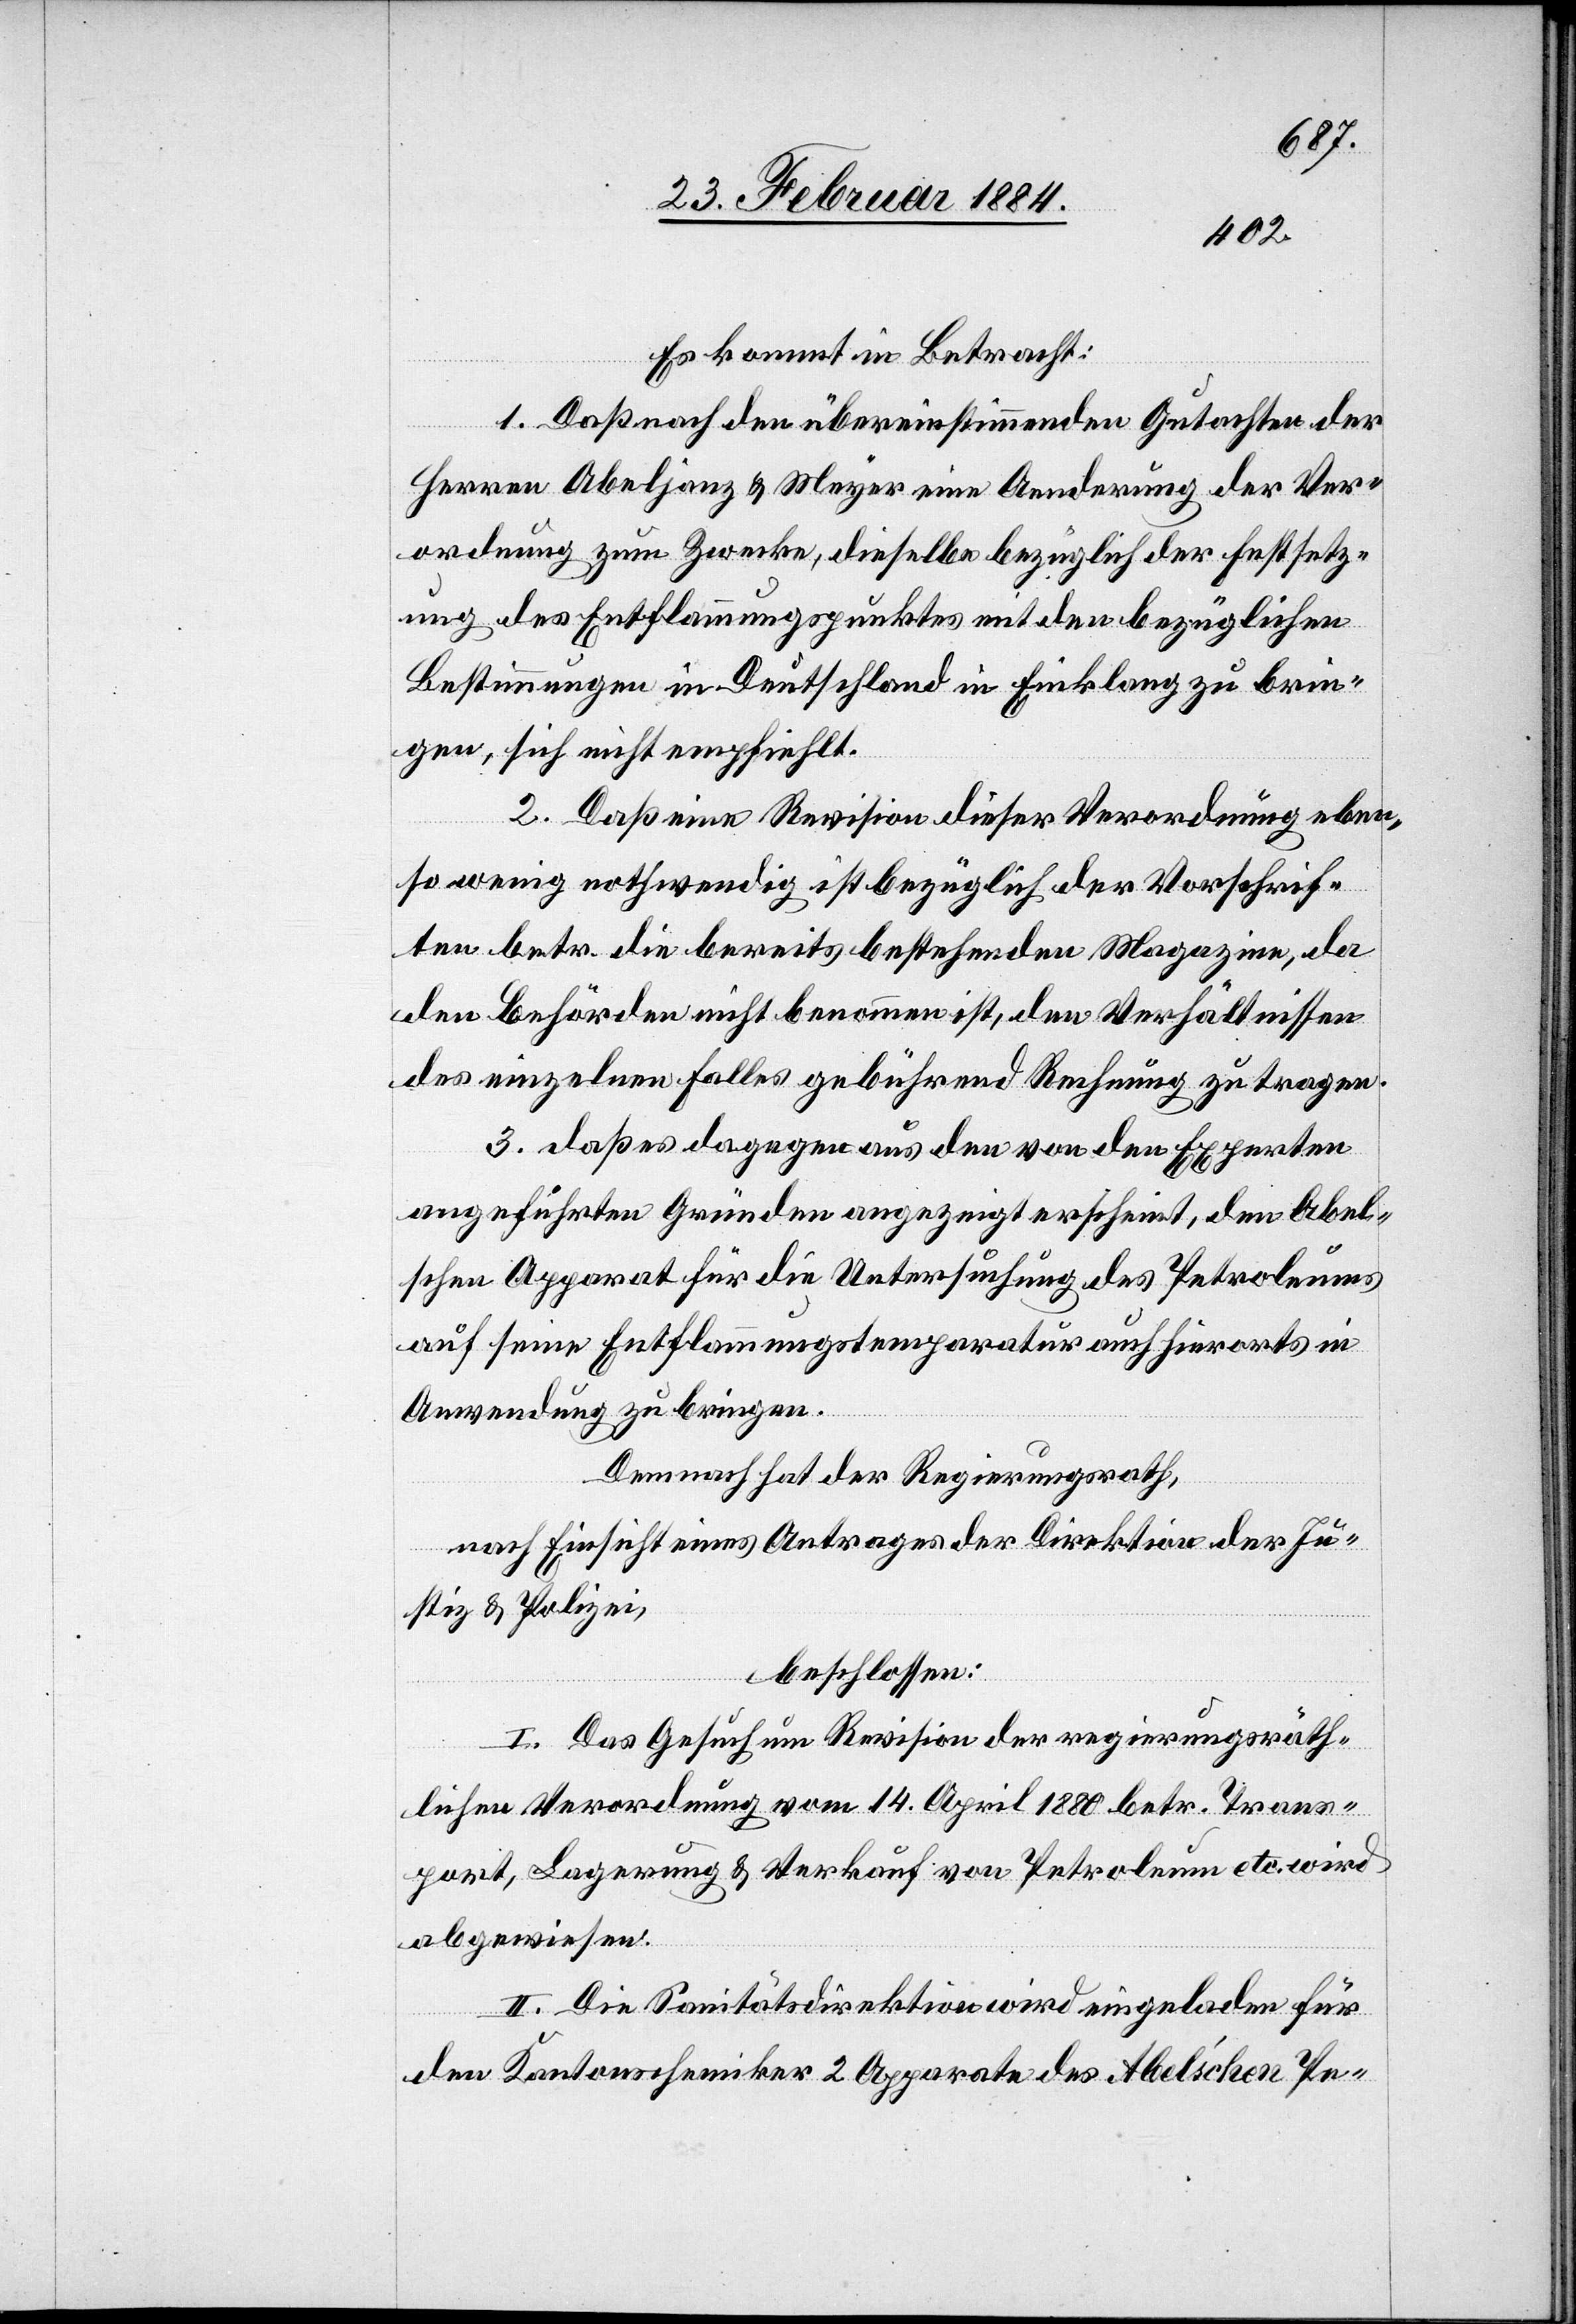
Es kommt in Betracht:
1. Daß nach den übereinstimmenden Gutachten der
Herren Abeljanz & Meyer eine Aenderung der Ver¬
ordnung zum Zwecke, dieselbe bezüglich der Festsetz¬
ung des Entflammungspunktes mit den bezüglichen
Bestimmungen in Deutschland in Einklang zu brin¬
gen, sich nicht empfiehlt.
2. Daß eine Revision dieser Verordnung eben¬
so wenig nothwendig ist bezüglich der Vorschrif¬
ten betr. die bereits bestehenden Magazine, da
den Behörden nicht benommen ist, den Verhältnissen
des einzelnen Falles gebührend Rechnung zu tragen.
3. Daß es dagegen aus den von den Experten
angeführten Gründen angezeigt erscheint, den Abel¬
schen Apparat für die Untersuchung des Petroleums
auf seine Entflammungstemperatur auch hierorts in
Anwendung zu bringen.
Demnach hat der Regierungsrath,
nach Einsicht eines Antrages der Direktion der Ju¬
stiz & Polizei,
beschlossen:
I. Das Gesuch um Revision der regierungsräth¬
lichen Verordnung vom 14. April 1880 betr. Trans¬
port, Lagerung & Verkauf von Petroleum etc. wird
abgewiesen.
II. Die Sanitätsdirektion wird eingeladen für
den Kantonschemiker 2 Apparate des Abelschen Pe-